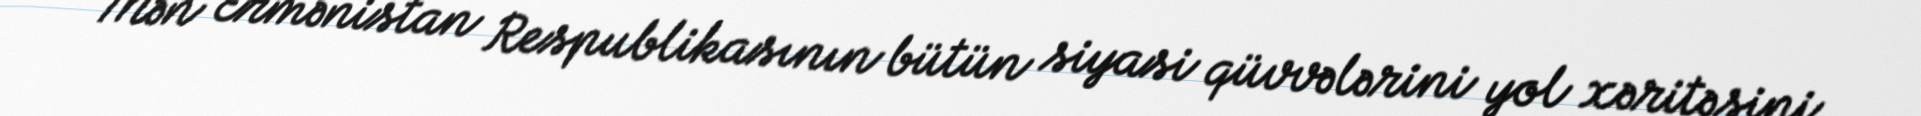
“Mən Ermənistan Respublikasının bütün siyasi qüvvələrini yol xəritəsini